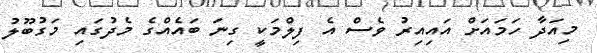
މިއަދާ ހަމައަށް އައިއިރު ވެސް އެ ފިލްމަކީ ގިނަ ބައެއްގެ މެދުގައި މަގުބޫލު